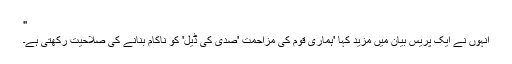
"
انہوں نے ایک پریس بیان میں مزید کہا 'ہماری قوم کی مزاحمت 'صدی کی ڈیل' کو ناکام بنانے کی صلاحیت رکھتی ہے۔